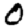
Digit: 0